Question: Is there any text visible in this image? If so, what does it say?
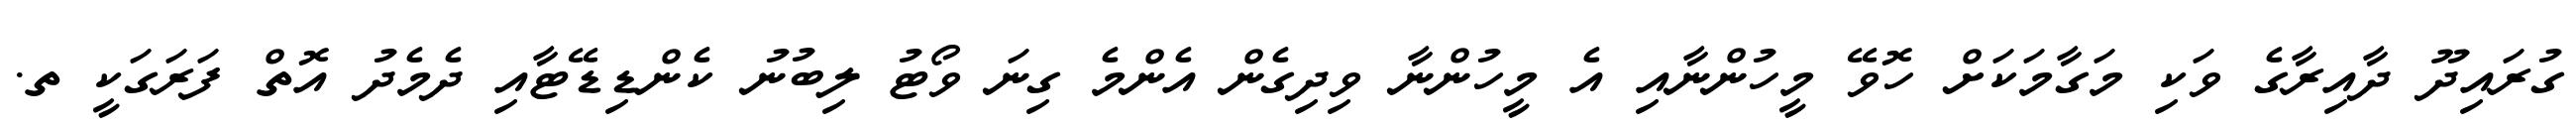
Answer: ގުރައިދޫ ދާއިރާގެ ވަކި މަގާމަކަށް ހޮވޭ މީހުންނާއި އެ މީހުންނާ ވިދިގެން އެންމެ ގިނަ ވޯޓު ލިބުނު ކެންޑިޑޭޓާއި ދެމެދު އޮތް ފަރަގަކީ ތ.